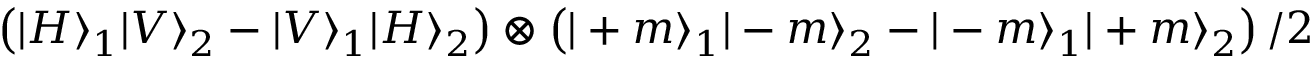
\left( | H \rangle _ { 1 } | V \rangle _ { 2 } - | V \rangle _ { 1 } | H \rangle _ { 2 } \right) \otimes \left( | + m \rangle _ { 1 } | - m \rangle _ { 2 } - | - m \rangle _ { 1 } | + m \rangle _ { 2 } \right) / 2